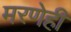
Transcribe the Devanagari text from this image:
मरणेही